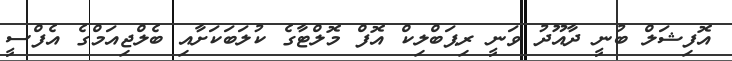
އޮފިޝަލް ބުނީ ދާއޫދު ވަނީ ރިޕަބްލިކް އޮފް މޮލްޓާގެ ކުލަބަކަށާއި ބެލްޖިއަމްގެ އެފްސީ